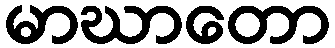
မာဃာတော